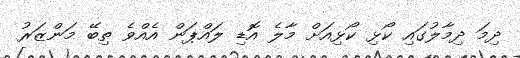
ދިމަ ދިމާލުގައި ކޯޅި ކޯޅިއަށް މާލެ އޮޑި ލައްޕަން އެއްވެ ތިބޭ މަންޒަރު